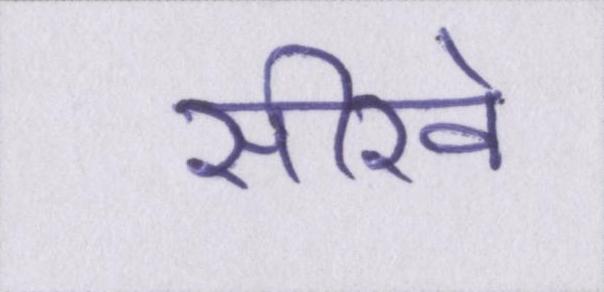
सीखे